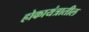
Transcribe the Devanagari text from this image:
होकायंत्रातील